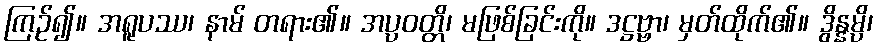
ကြဉ်၍။ အရူပဿ၊ နာမ် တရား၏။ အပ္ပဝတ္တိ၊ မဖြစ်ခြင်းကို။ ဒဋ္ဌဗ္ဗာ၊ မှတ်ထိုက်၏။ ဒွိန္နမ္ပိ၊